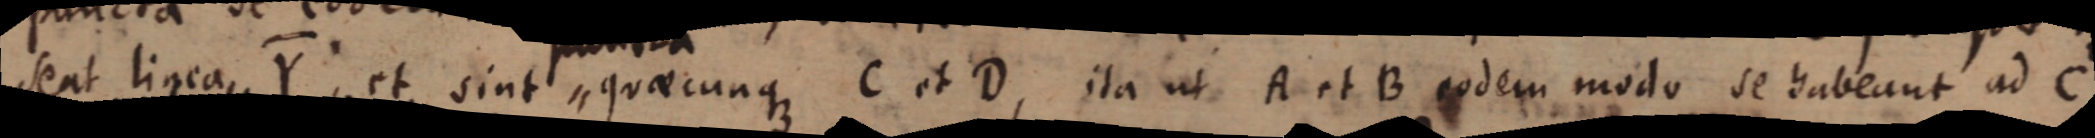
seat linea Y et sint quaecunque C et D, ita ut A et B eodem modo se habeant ad C